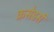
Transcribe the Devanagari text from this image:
क्रसेडर्स